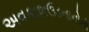
અવકાશઉડનાનોની